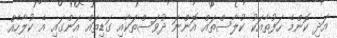
އަދި ކޮންމެ ހަފުތާއަކު ކުލާސްތައް އޮންނަ ދުވަސްތަކާއި ގަޑިތައް އަންގައި އެ ކުލާހެއް